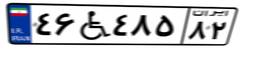
۴۶W۴۸۵۸۲